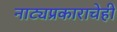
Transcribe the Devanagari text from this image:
नाट्यप्रकाराचेही